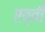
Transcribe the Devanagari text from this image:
एव्वी